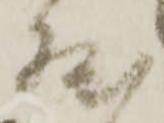
尾